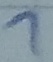
Text: 1